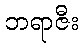
ဘရာဇီး